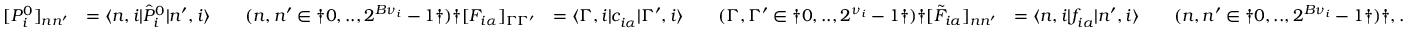
\begin{array} { r l r l } { [ { P } _ { i } ^ { 0 } ] _ { n n ^ { \prime } } } & { = \langle n , i | \hat { P } _ { i } ^ { 0 } | n ^ { \prime } , i \rangle \qquad ( n , n ^ { \prime } \in \dag { 0 , . . , 2 ^ { B { \nu } _ { i } } - 1 \dag } ) \dag [ F _ { i \alpha } ] _ { \Gamma \Gamma ^ { \prime } } } & { = \langle \Gamma , i | c _ { i \alpha } ^ { \phantom { \dagger } } | \Gamma ^ { \prime } , i \rangle \qquad ( \Gamma , \Gamma ^ { \prime } \in \dag { 0 , . . , 2 ^ { { \nu } _ { i } } - 1 \dag } ) \dag [ \tilde { F } _ { i a } ] _ { n n ^ { \prime } } } & { = \langle n , i | f _ { i a } ^ { \phantom { \dagger } } | n ^ { \prime } , i \rangle \qquad ( n , n ^ { \prime } \in \dag { 0 , . . , 2 ^ { B { \nu } _ { i } } - 1 \dag } ) \dag , . } \end{array}